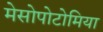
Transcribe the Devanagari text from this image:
मेसोपोटोमिया